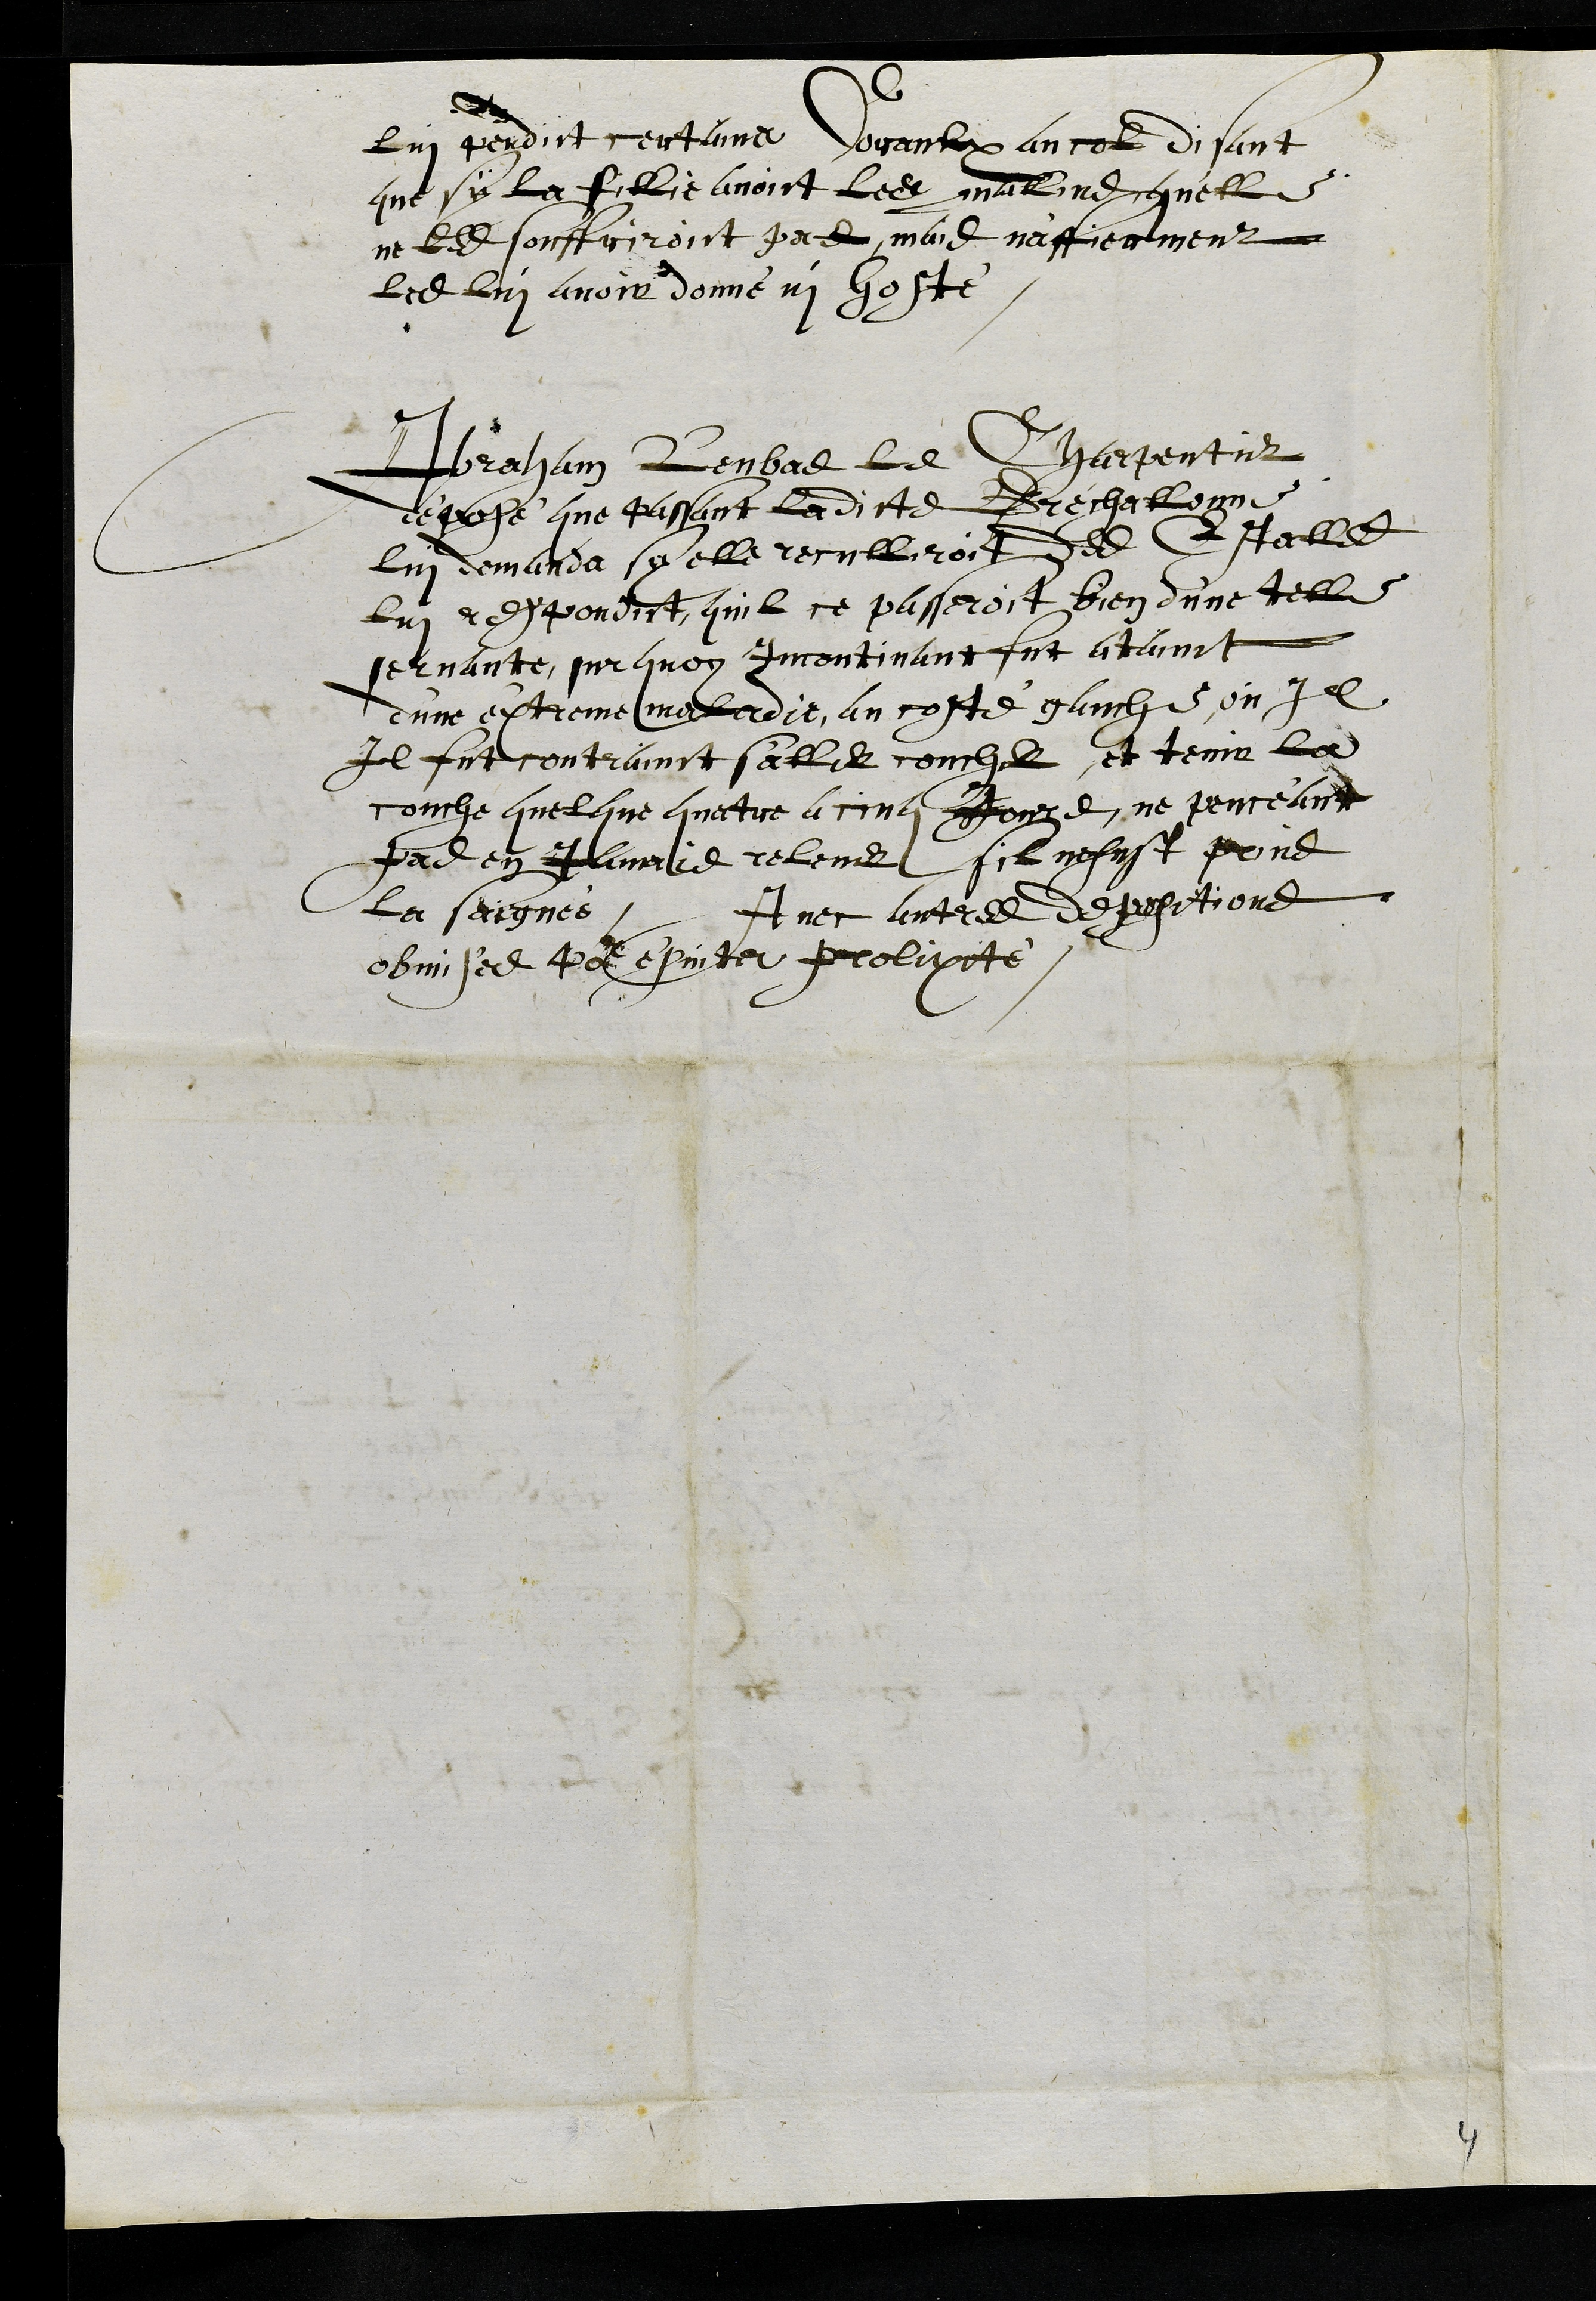
lui pendict certains Coraulx au col disant
que sy la fillie avoit les mallins quelle
ne les souffriroict pas, mais n'affierment
les lui avoir donné ni hosté
Abraham Leubas le Charpentier
déposé que passant ladicte Bréchallonne
lui demanda sy elle reculliroit des Estailles
lui respondit quil ce passeroit bien d'une telle
servante, sur quoy Incontinant fut atainct
d'une extreme maladie, au costé gauche ou Il
Il fut contrainct s'aller coucher et tenir la
couche quelque quatre a cinq Jours, ne penceant
pas en Jamais relever sil ne fust prins
la saignée, Avec autres depositions
obmises pour epviter prolixité.
4